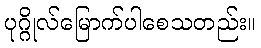
ပုဂ္ဂိုလ်မြောက်ပါစေသတည်း။